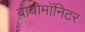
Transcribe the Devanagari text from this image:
बायोमाॅनिटर